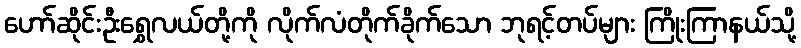
ဟော်ဆိုင်းဦးရွှေလယ်တို့ကို လိုက်လံတိုက်ခိုက်သော ဘုရင့်တပ်များ ကြိုးကြာနယ်သို့